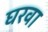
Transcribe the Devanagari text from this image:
घरवा